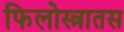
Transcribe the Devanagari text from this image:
फिलोस्त्रातस